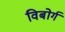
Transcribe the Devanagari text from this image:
विबोर्ग